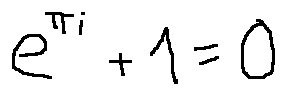
e ^ { \pi i } + 1 = 0